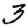
Digit: 3